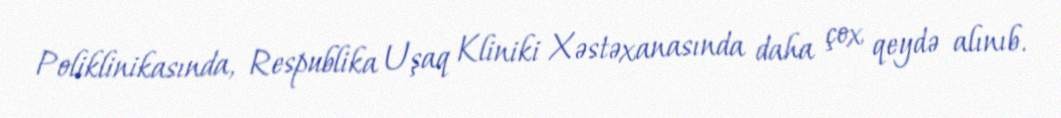
Poliklinikasında, Respublika Uşaq Kliniki Xəstəxanasında daha çox qeydə alınıb.